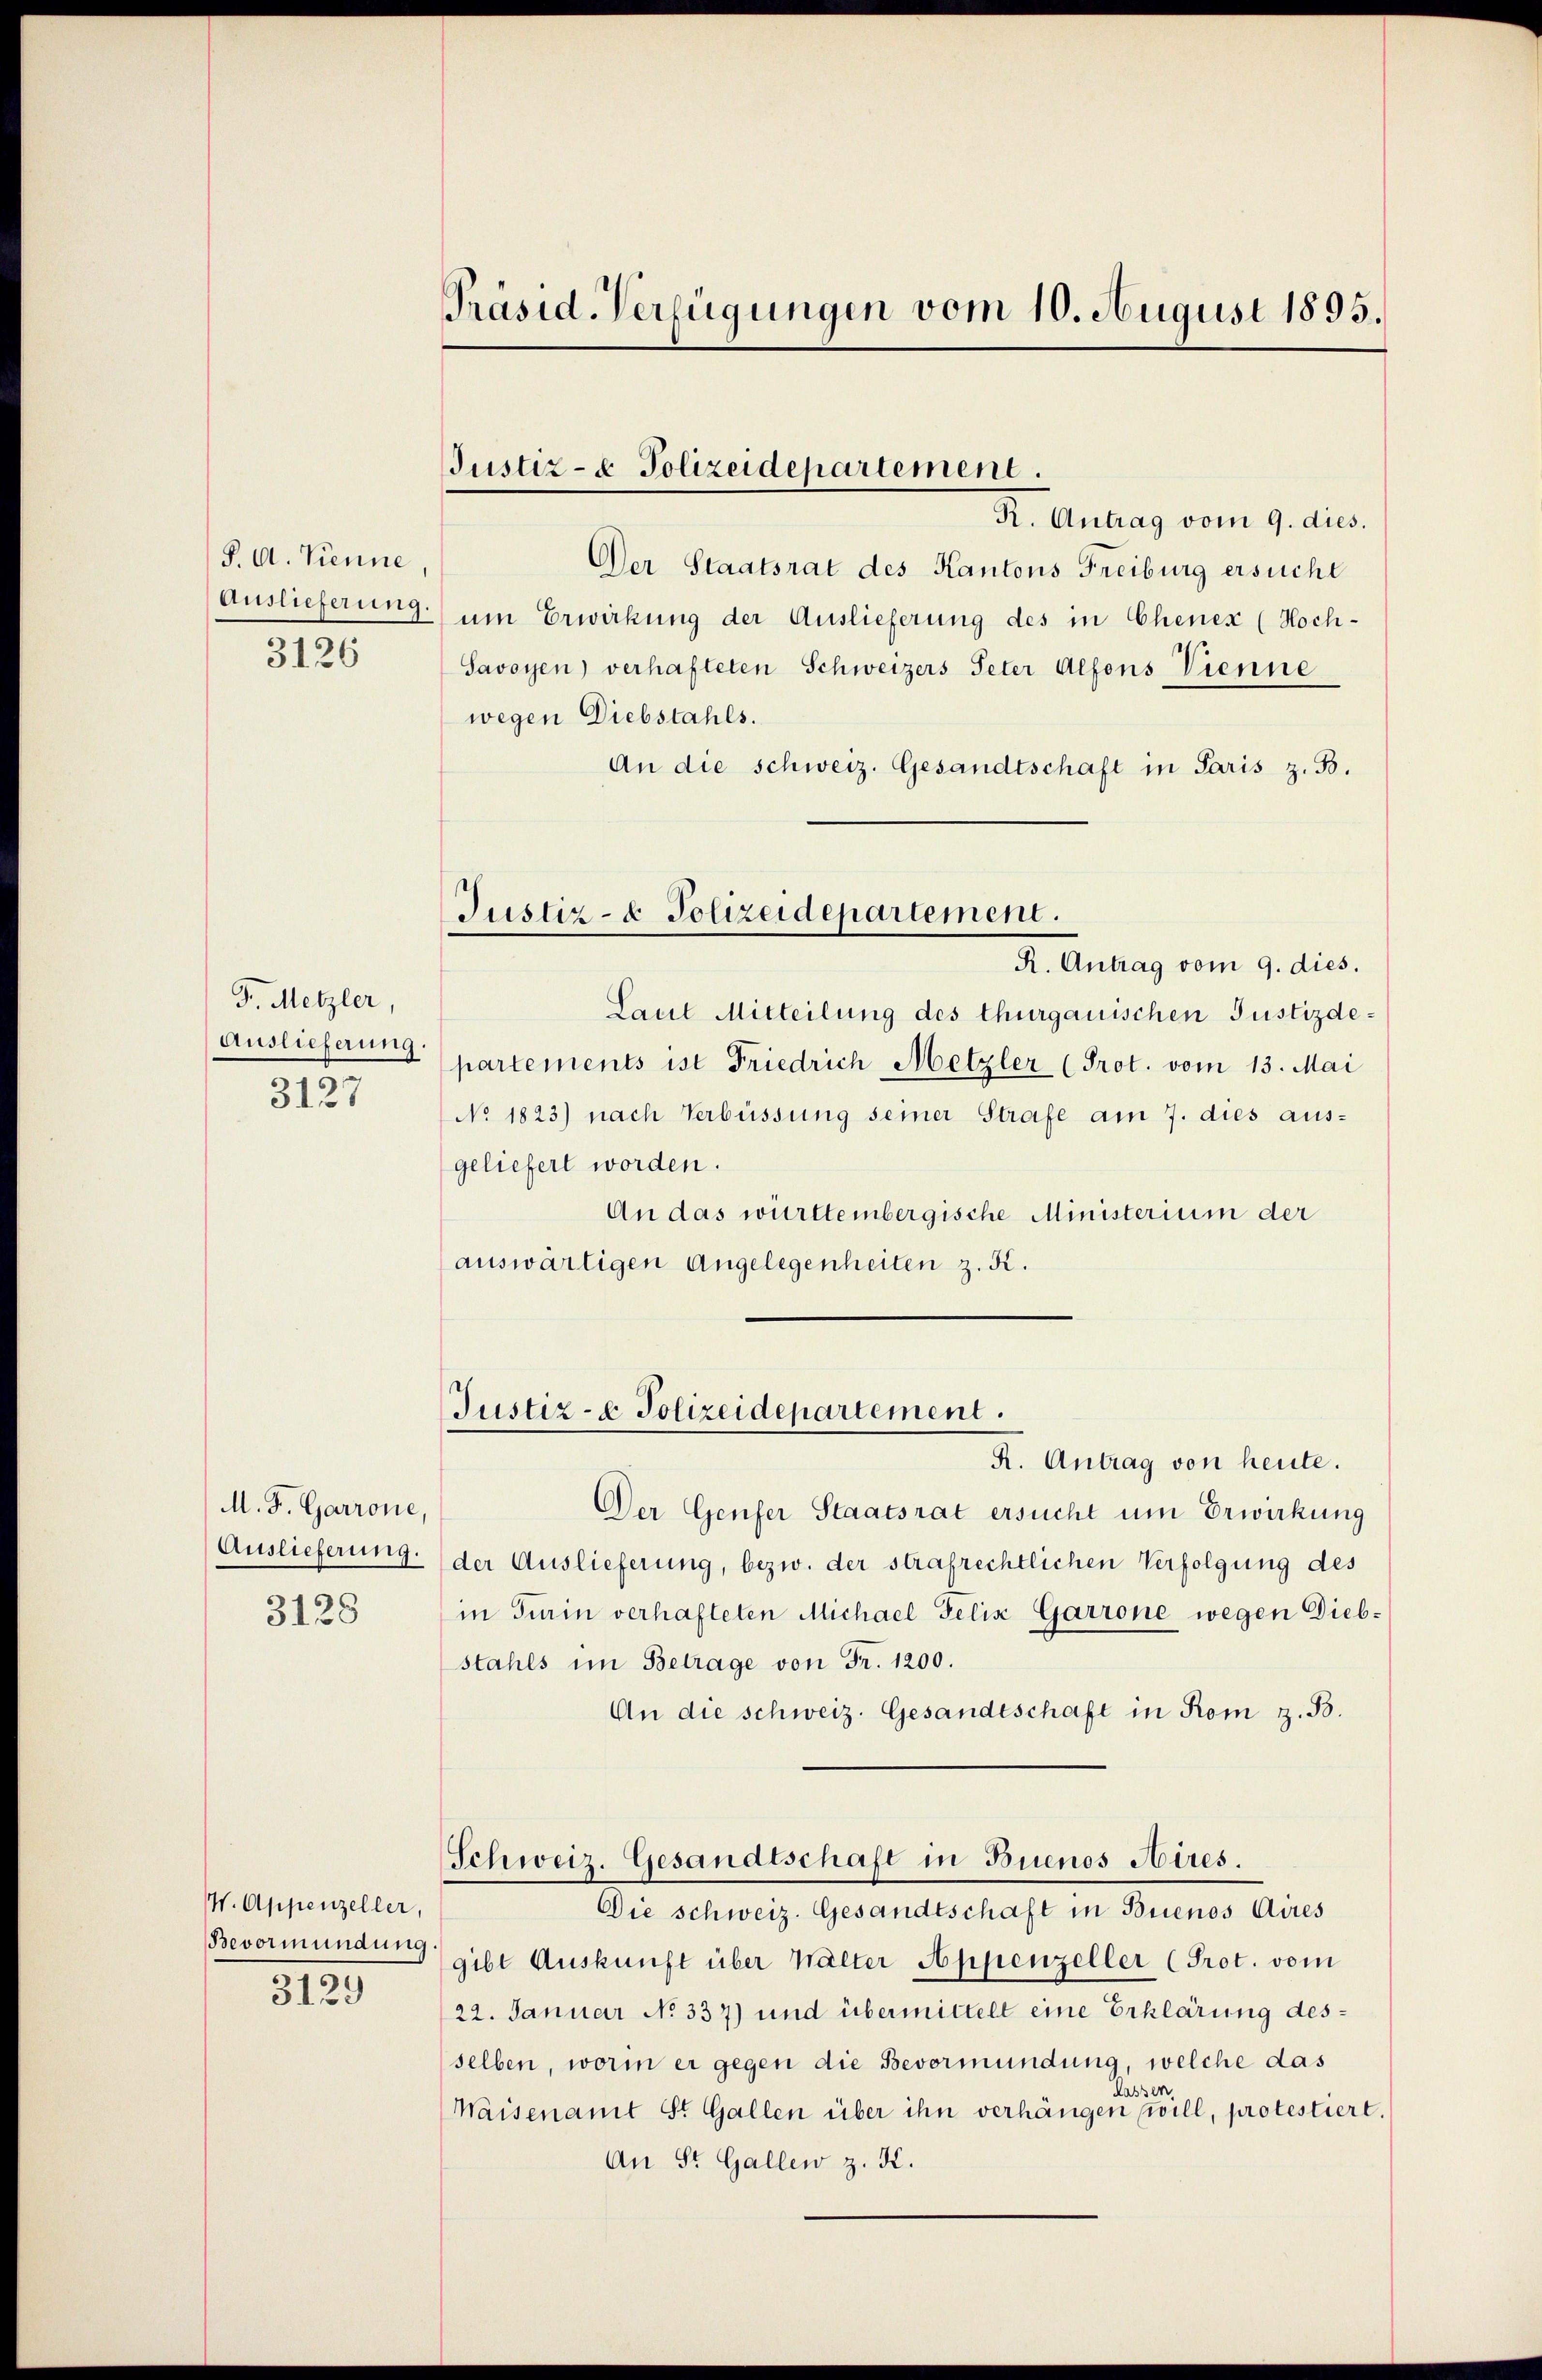
P. A. Kenne
Auslieferung

3126

F. Metzler,
Auslieferung.
3127

M. F. Garrone,
Auslieferung.
3128

W. Appenzeller,
3129

Präsid. Verfügungen vom 10. August 1895.

Justiz- & Polizeidepartement.

R. Antrag vom 9. dies.
Der Staatsrat des Kantons Freiburg ersucht
um Erwirkung der Auslieferung des in Chenex (Hoch¬
Savoyen) verhafteten Schweizers Peter Alfons Vienne
wegen Diebstahls.
An die schweiz. Gesandtschaft in Paris z. B.
Justiz- & Polizeidepartement.
R. Antrag vom 9. dies.
Laut Mitteilung des thurgauischen Justizdepartements ist Friedrich Metzler (Prot. vom 13. Mai
No. 1823) nach Verbüssung seiner Strafe am 7. dies aus-
geliefert worden.
An das württembergische Ministerium der
auswärtigen Angelegenheiten z. K.

Justiz- & Polizeidepartement.

R. Antrag von heute.
Der Genfer Staatsrat ersucht um Erwirkung
der Auslieferung, bezw. der strafrechtlichen Verfolgung des
in Turin verhafteten Michael Felix Garrone wegen Diebstahls im Betrage von Fr. 1200.
An die schweiz. Gesandtschaft in Rom z. B.
Schweiz. Gesandtschaft in Buenos Aires.
Die schweiz. Gesandtschaft in Buenos Aires
Bevormundung gibt Auskunft über Walter Appenzeller (Prot. vom
22. Januar No 337) und übermittelt eine Erklärung desselben, worin er gegen die Bevormundung, welche das
lassen
Waisenamt St. Gallen über ihn verhängen will, protestiert.
An St. Gallen z. K.